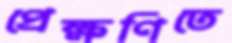
প্রেক্ষণিতে